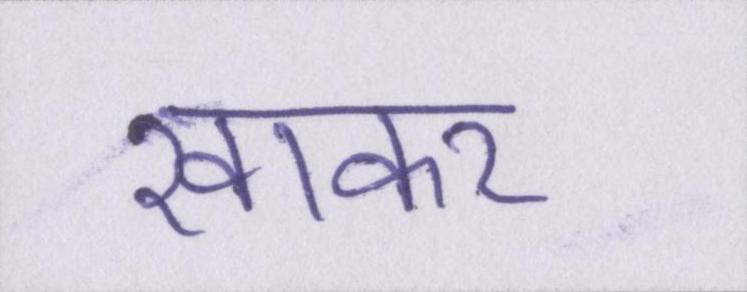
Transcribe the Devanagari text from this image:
खाकर